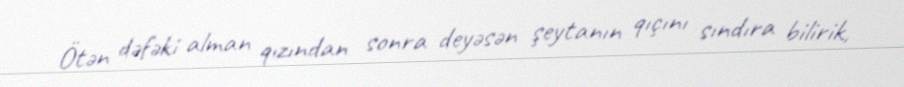
Ötən dəfəki alman qızından sonra deyəsən şeytanın qıçını sındıra bilirik,